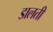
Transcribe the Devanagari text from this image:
डालतीं